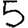
Digit: 5